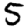
Digit: 5